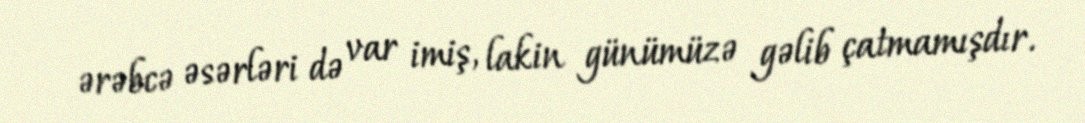
ərəbcə əsərləri də var imiş, lakin günümüzə gəlib çatmamışdır.